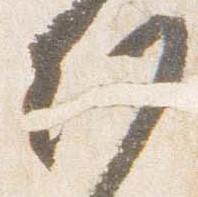
刻